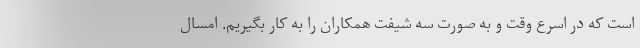
است که در اسرع وقت و به صورت سه شیفت همکاران را به کار بگیریم. امسال